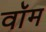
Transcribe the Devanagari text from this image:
वॉम